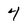
Character: 4